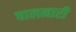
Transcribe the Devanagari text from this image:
चालनारी